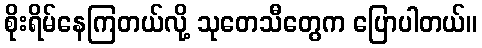
စိုးရိမ်နေကြတယ်လို့ သုတေသီတွေက ပြောပါတယ်။